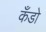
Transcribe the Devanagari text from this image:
कँडो